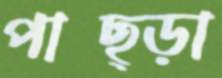
পাছ্‌ড়া